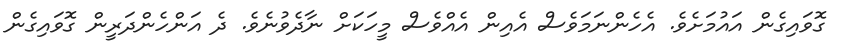
ގޮވައިގެން އައުމަށެވެ. އެހެންނަމަވެސް އެއިން އެއްވެސް މީހަކަށް ނާދެވުނެވެ. ދެ އަންހެންދަރީން ގޮވައިގެން